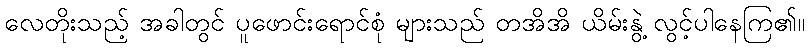
လေတိုးသည့် အခါတွင် ပူဖောင်းရောင်စုံ များသည် တအိအိ ယိမ်းနွဲ့ လွင့်ပါနေကြ၏။